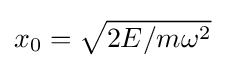
x_{0}={\sqrt {2E/m\omega ^{2}}}